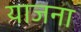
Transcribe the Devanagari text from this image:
याजना